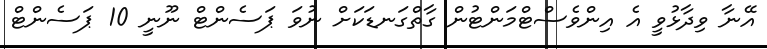
އޭނާ ވިދާޅުވީ އެ އިންވެސްޓްމަންޓުން ގާތްގަނޑަކަށް ނުވަ ޕަސެންޓް ނޫނީ 10 ޕަސެންޓް